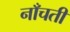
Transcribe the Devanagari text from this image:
नाँचती